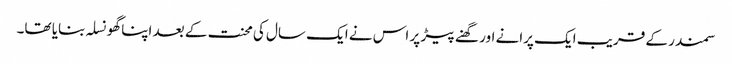
سمندر کے قریب ایک پرانے اور گھنے پیڑ پر اس نے ایک سال کی محنت کے بعد اپنا گھونسلہ بنایا تھا۔